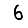
Digit: 6